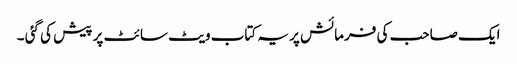
ایک صاحب کی فرمائش پر یہ کتاب ویٹ سائٹ پر پیش کی گئی ۔